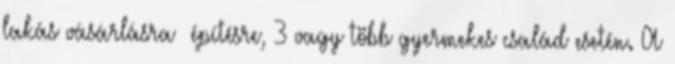
lakás vásárlásra építésre, 3 vagy több gyermekes család esetén. A